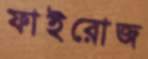
ফাইরোজ